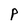
Character: P